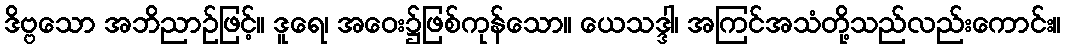
ဒိဗ္ဗသော အဘိညာဉ်ဖြင့်။ ဒူရေ၊ အဝေး၌ဖြစ်ကုန်သော။ ယေသဒ္ဒါ၊ အကြင်အသံတို့သည်လည်းကောင်း။